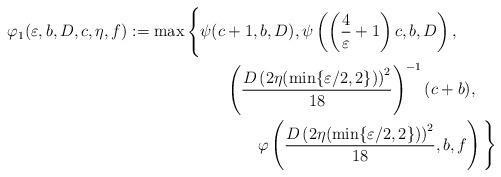
LaTeX: \begin{align*}\varphi_1(\varepsilon,b,D,c,\eta,f)&:=\max\Bigg\{\psi(c+1,b,D),\psi\left(\left(\frac{4}{\varepsilon}+1\right)c,b,D\right),\\&\qquad\qquad\qquad\left(\frac{D\left(2\eta(\min\{\varepsilon/2,2\})\right)^2}{18}\right)^{-1}(c+b),\\&\qquad\qquad\qquad\qquad\varphi\left(\frac{D\left(2\eta(\min\{\varepsilon/2,2\})\right)^2}{18},b,f\right)\Bigg\}\end{align*}